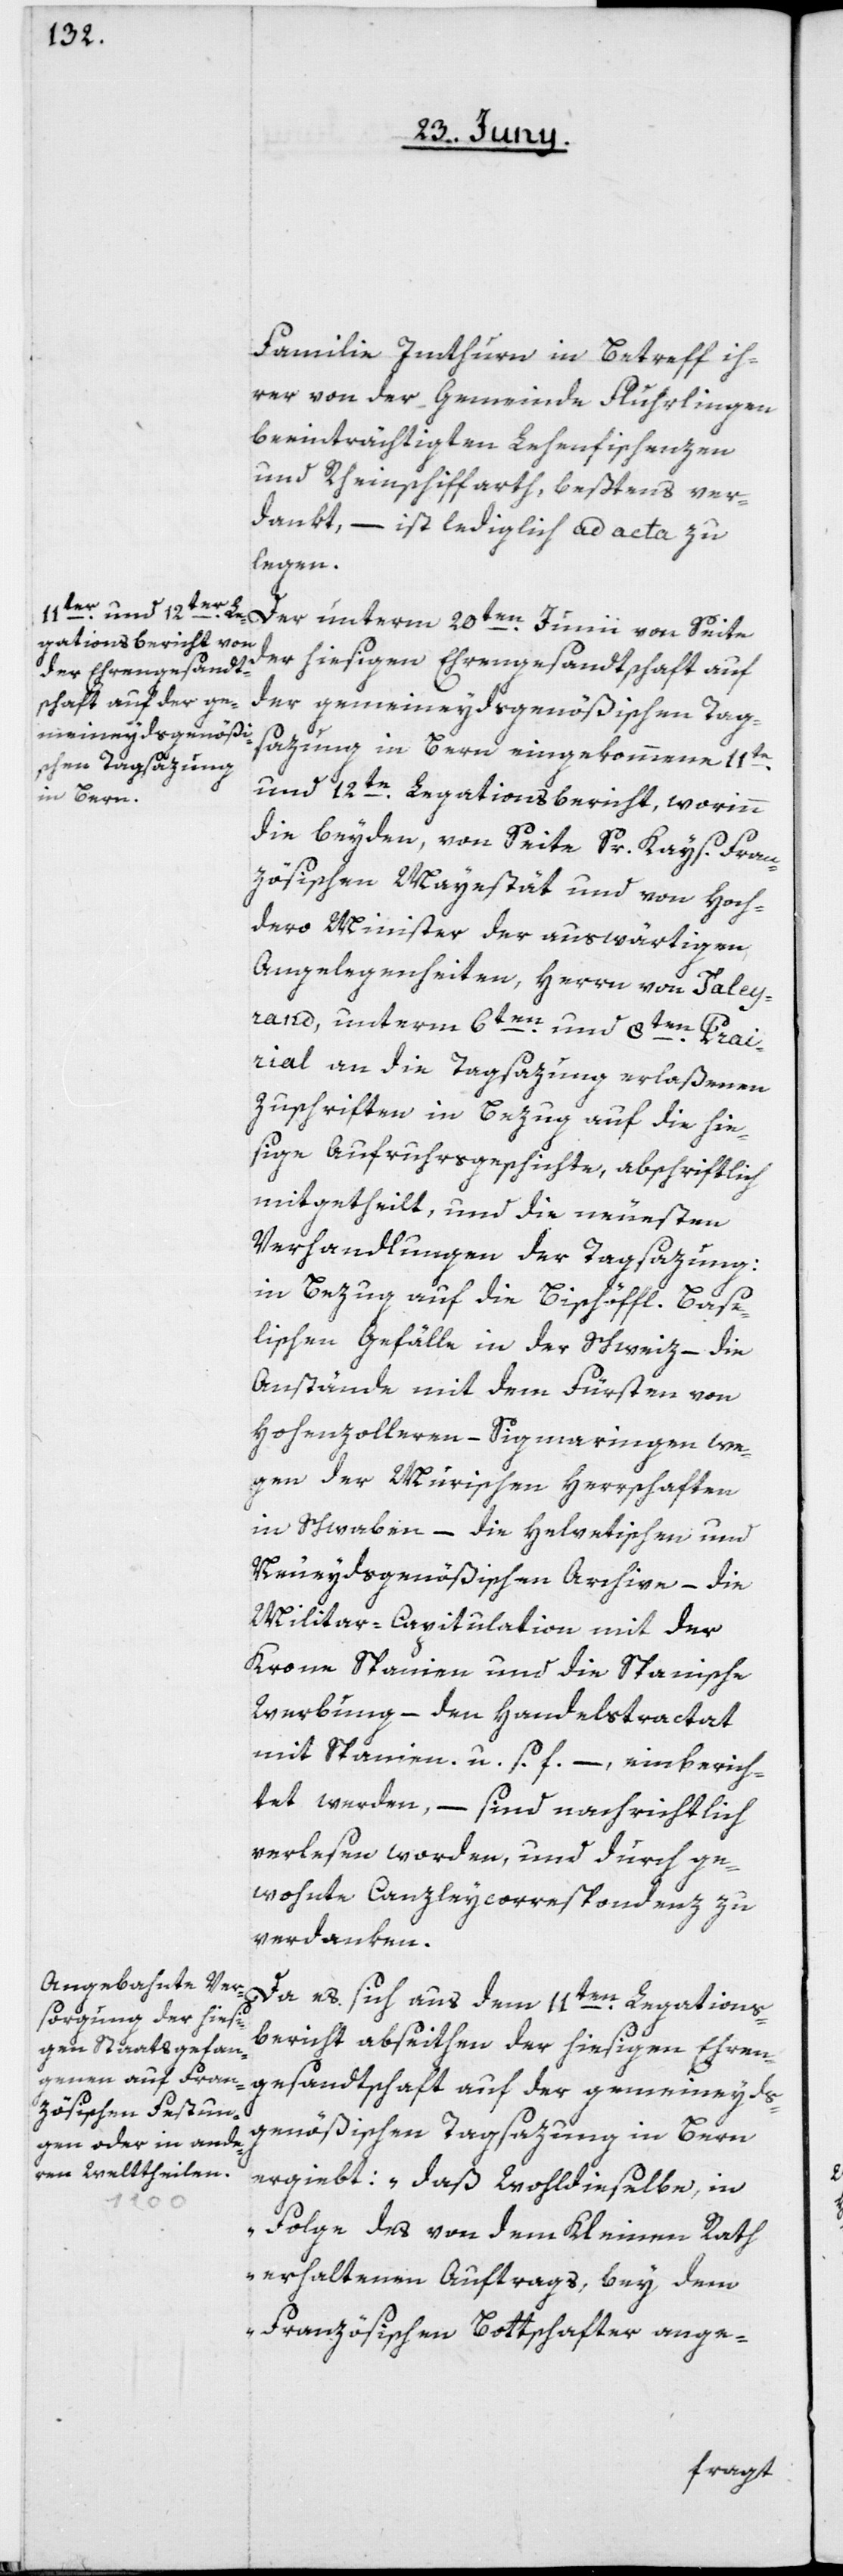
Familie Imthurn in Betreff ih¬
rer von der Gemeinde Flurlingen
beeinträchtigten Lehenfischenzen
und Rheinschiffarth, beßtens ver¬
dankt, – ist lediglich ad acta zu
legen.
Der unterm 20ten Junii von Seite
der hiesigen Ehrengesandtschaft auf
der gemeineydsgenößischen Tag¬
sazung in Bern eingekommene 11te
und 12te Legationsbericht, worinn
die beyden, von Seite Sr. Kays. Fran¬
zösischen Mayestät und von Hoch¬
dero Minister der auswärtigen
Angelegenheiten, Herrn von Taleyr¬
and, unterm 6ten und 8ten Prai¬
rial an die Tagsazung erlaßenen
Zuschriften in Bezug auf die hie¬
sige Aufruhrsgeschichte, abschriftlich
mitgetheilt, und die neuesten
Verhandlungen der Tagsazung:
in Bezug auf die Bischöffl. Base¬
lischen Gefälle in der Schweiz – die
Anstände mit dem Fürsten von
Hohenzolleren-Sigmaringen we¬
gen der Murischen Herrschaften
in Schwaben – die Helvetischen und
Neueydsgenößischen Archive – die
Militar-Capitulation mit der
Krone Spanien und die Spanische
Werbung – den Handelstractat
mit Spanien u. s. f. – einberich¬
tet werden – sind nachrichtlich
verlesen worden, und durch ge¬
wohnte Canzleycorrespondenz zu
verdanken.
Da es sich aus dem 11ten Legations¬
bericht abseithen der hiesigen Ehren¬
gesandtschaft auf der gemeineyds¬
genößischen Tagsazung in Bern
ergiebt: „daß wohldieselbe, in
Folge des von dem Kleinen Rath
erhaltenen Auftrags, bey dem
Französischen Bottschafter ange-